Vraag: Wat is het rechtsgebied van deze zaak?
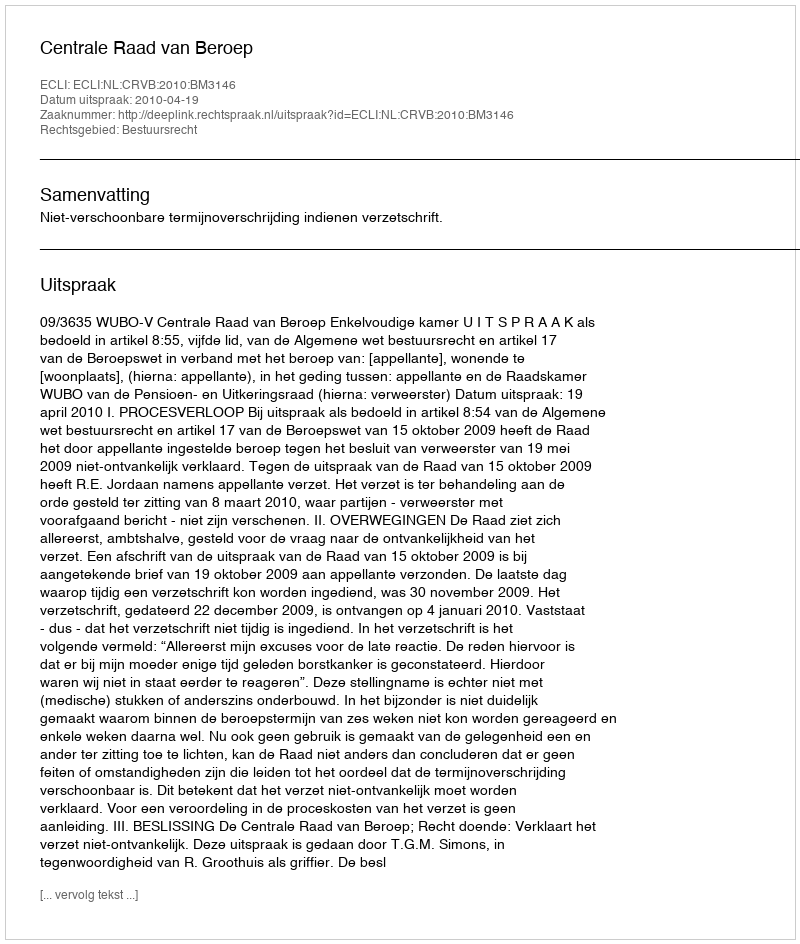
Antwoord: Bestuursrecht